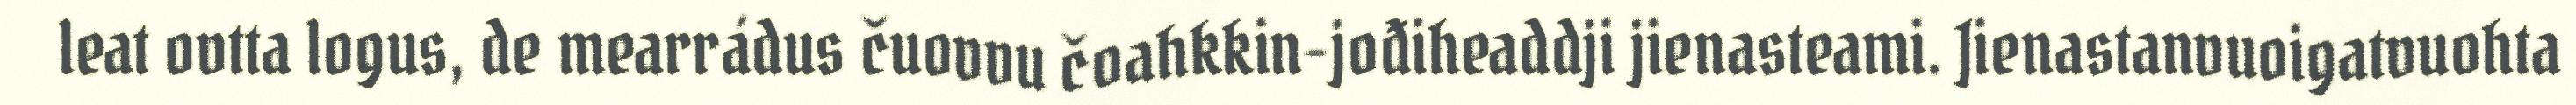
leat ovtta logus, de mearrádus čuovvu čoahkkin-jođiheaddji jienasteami. Jienastanvuoigatvuohta